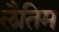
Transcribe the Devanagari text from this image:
लैतिम